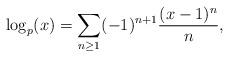
LaTeX: \begin{align*}\log_p(x)=\sum_{n\geq 1}(-1)^{n+1}\frac{(x-1)^n}{n},\end{align*}